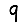
Digit: 9